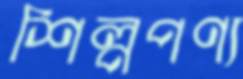
শিল্পপণ্য